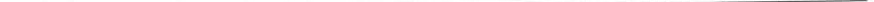
___